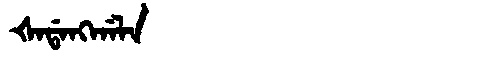
Manchu: ᡧᠠᡩᠠᠩᡤᠠᠯᠠ
Romanization: ŠADANGGALA